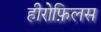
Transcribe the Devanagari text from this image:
हीरोफ़िलस